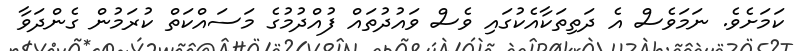
ކަމަށެވެ. ނަމަވެސް އެ ދަތިތަކާއެކުގައި ވެސް ވައުދުތައް ފުއްދުމުގެ މަސައްކަތް ކުރަމުން ގެންދަވާ